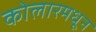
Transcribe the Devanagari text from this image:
कोलारमधून